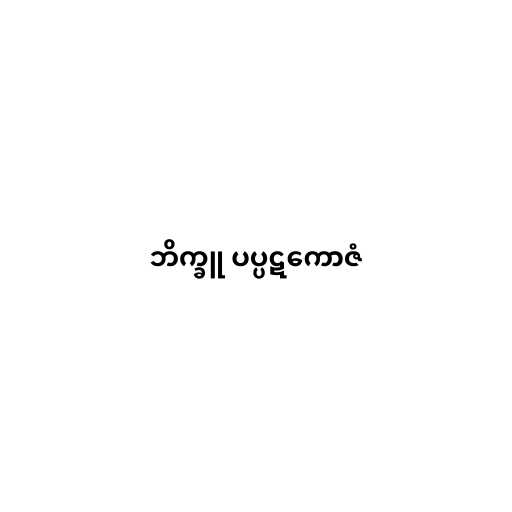
ဘိက္ခူ ပပ္ပဋကောဇံ